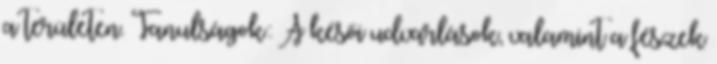
a területen. Tanulságok: A késői udvarlások, valamint a fészek